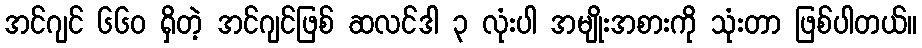
အင်ဂျင် ၆၆၀ ရှိတဲ့ အင်ဂျင်ဖြစ် ဆလင်ဒါ ၃ လုံးပါ အမျိုးအစားကို သုံးတာ ဖြစ်ပါတယ်။